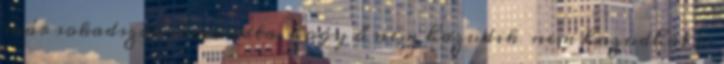
már sokadszor elmondta, hogy ő nem hazudik nem hazudhat és